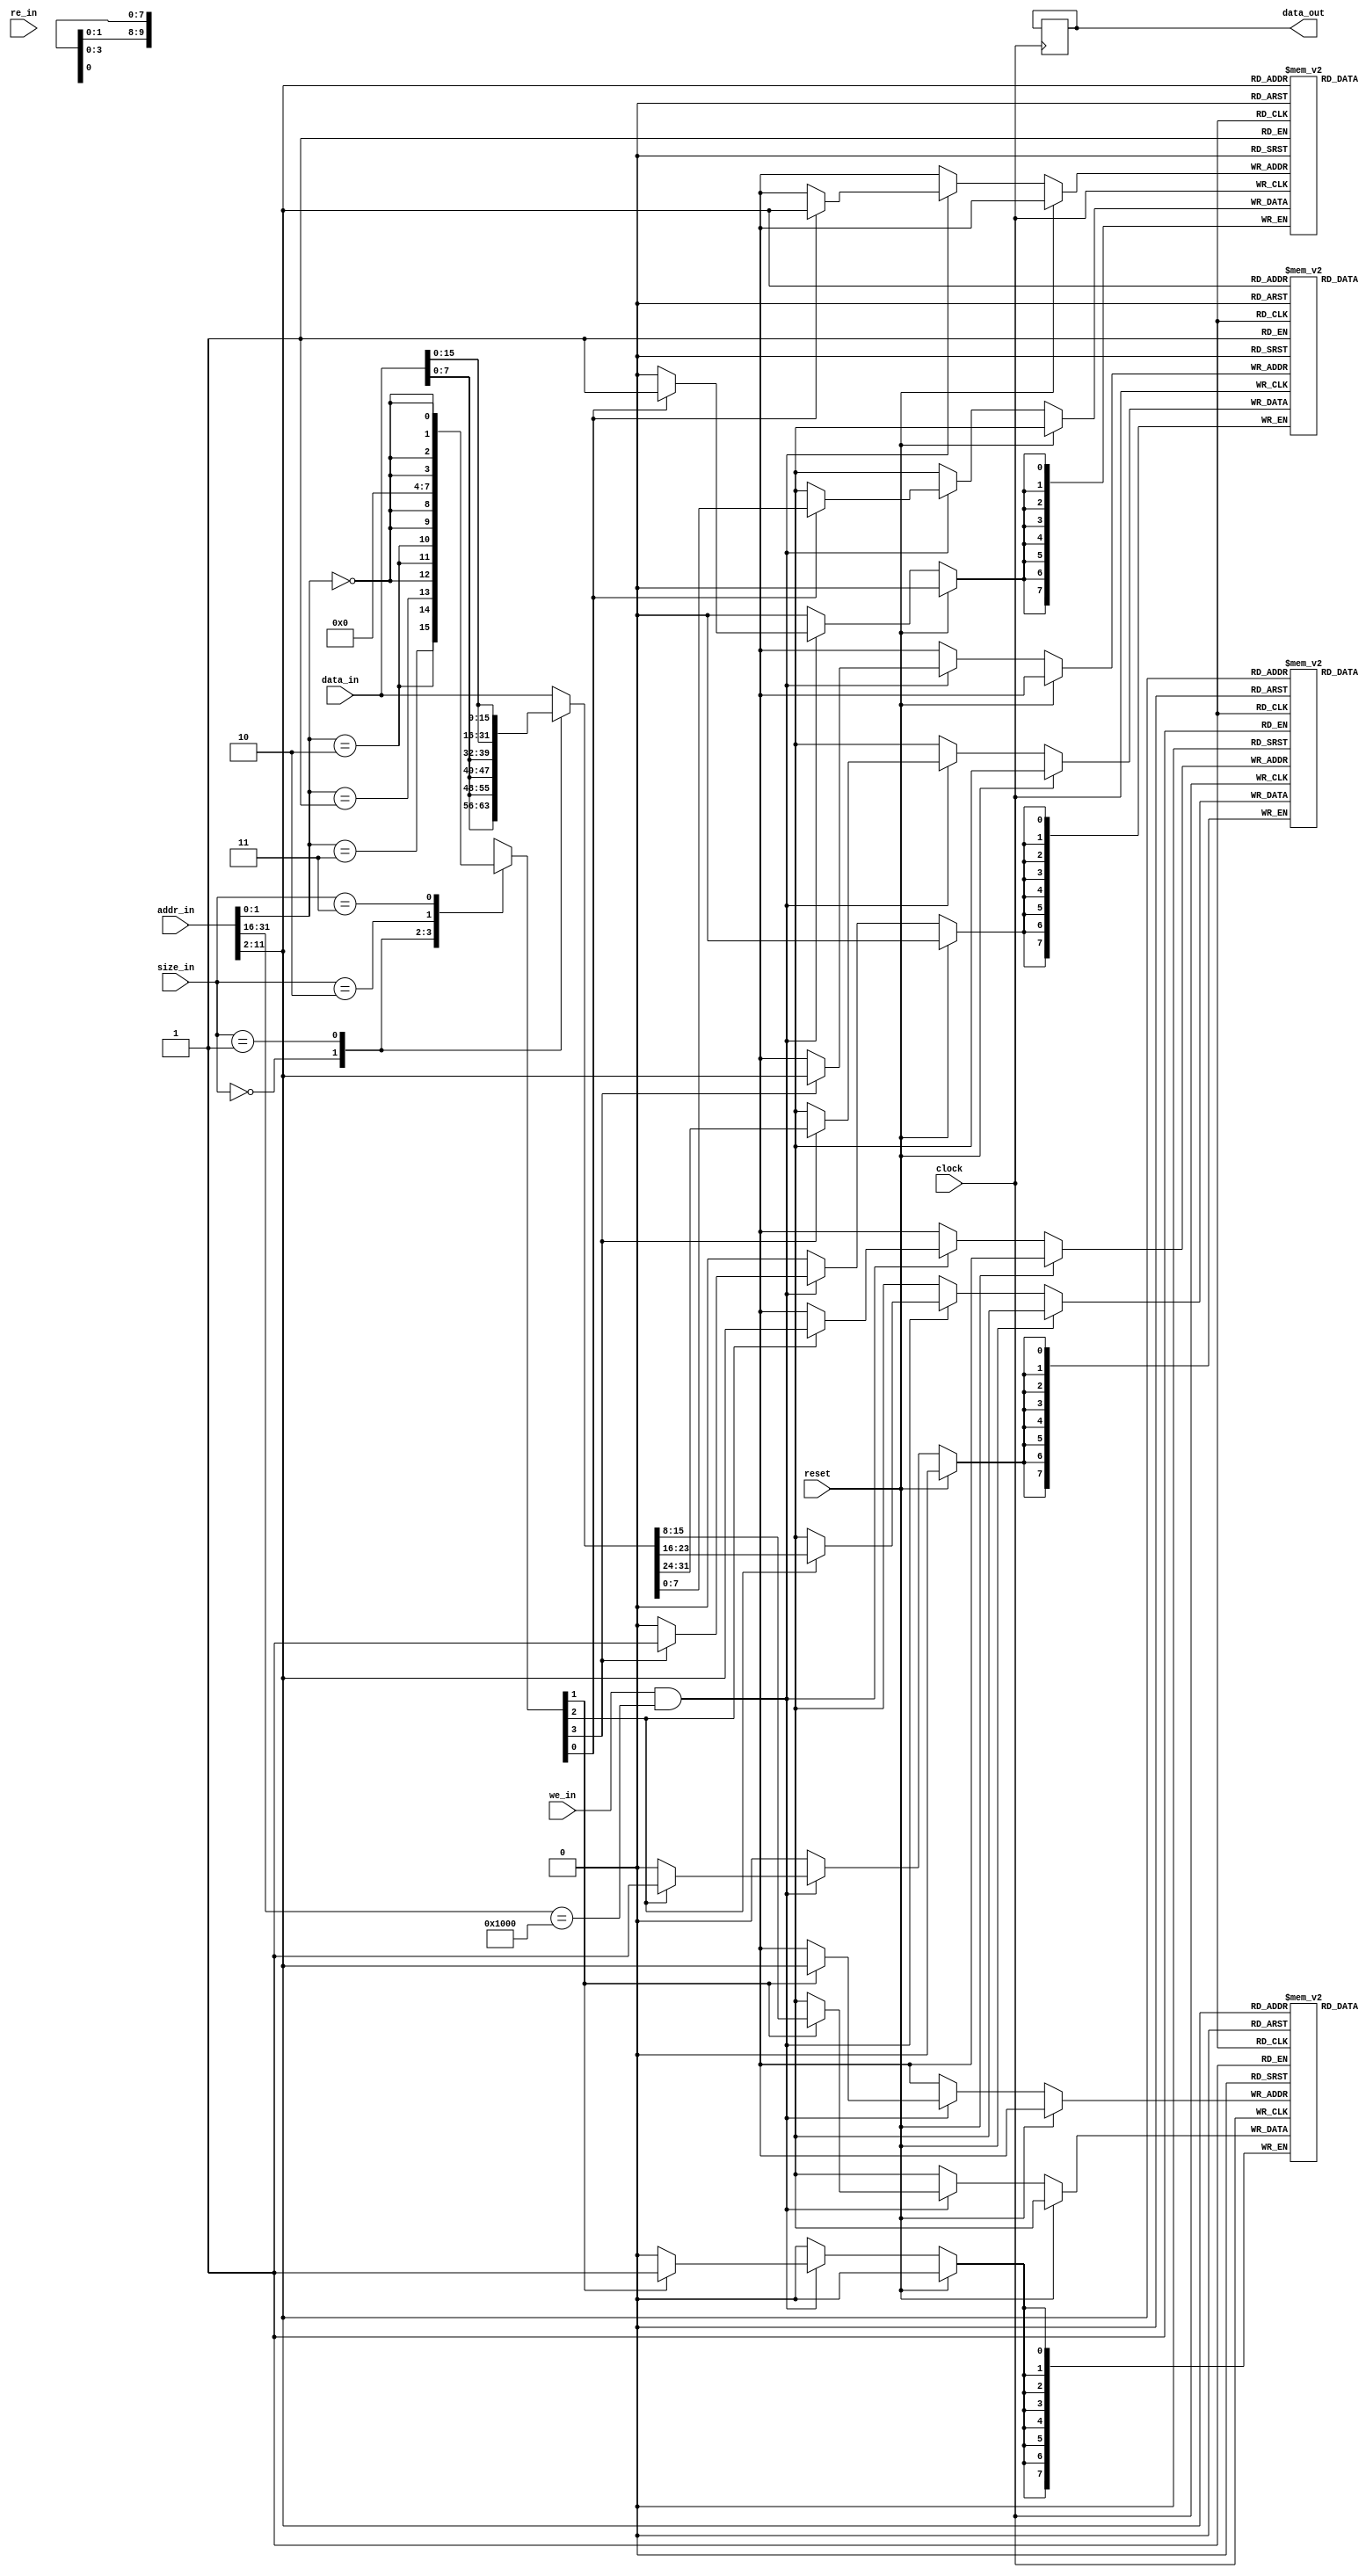
module async_memory(
	input clock,
	input reset,

	input		[31:0]	addr_in,
	output	[31:0]	data_out,
	input		[31:0]	data_in,
	input		[1:0]		size_in, //0=byte, 1=2-byte, 2=unaligned, 3=word
	input					we_in,
	input					re_in
	);
	parameter	MEM_ADDR = 16'h1000;
	parameter	DO_INIT = 0;
	parameter	INIT_PROGRAM0 = "c:/altera/11.1sp1/141/hello_world.data_ram0.memh";
	parameter	INIT_PROGRAM1 = "c:/altera/11.1sp1/141/hello_world.data_ram1.memh";
	parameter	INIT_PROGRAM2 = "c:/altera/11.1sp1/141/hello_world.data_ram2.memh";
	parameter	INIT_PROGRAM3 = "c:/altera/11.1sp1/141/hello_world.data_ram3.memh";
	reg	[256*8:1] file_init0, file_init1, file_init2, file_init3;

	localparam NUM_WORDS = 1024;
	localparam NUM_WORDS_LOG = 10;

	initial begin
		if (DO_INIT == 1) begin
			$readmemh(INIT_PROGRAM0, mem0);
			$readmemh(INIT_PROGRAM1, mem1);
			$readmemh(INIT_PROGRAM2, mem2);
			$readmemh(INIT_PROGRAM3, mem3);
		end
	end

	//memory for 4KB of data
	reg [7:0] mem3	[0:NUM_WORDS-1]; //31:24
	reg [7:0] mem2	[0:NUM_WORDS-1]; //23:16
	reg [7:0] mem1	[0:NUM_WORDS-1]; //15:8
	reg [7:0] mem0	[0:NUM_WORDS-1]; //7:0

	reg	[31:0]	rd;
	assign data_out = rd;

	//read data all the time

	always @(*) begin
		rd[31:24] <= mem3[addr_in[2+NUM_WORDS_LOG-1:2]];
		rd[23:16] <= mem2[addr_in[2+NUM_WORDS_LOG-1:2]];
		rd[15:8] <= mem1[addr_in[2+NUM_WORDS_LOG-1:2]];
		rd[7:0] <= mem0[addr_in[2+NUM_WORDS_LOG-1:2]];
	end

	//alternate version uses negative edge of clock for memory accesses
	always @(negedge clock) begin
		rd[31:24] <= mem3[addr_in[2+NUM_WORDS_LOG-1:2]];
		rd[23:16] <= mem2[addr_in[2+NUM_WORDS_LOG-1:2]];
		rd[15:8] <= mem1[addr_in[2+NUM_WORDS_LOG-1:2]];
		rd[7:0] <= mem0[addr_in[2+NUM_WORDS_LOG-1:2]];
	end

	//decode address and size into byte-enables
	reg [3:0] rowWE;
	always @(*) begin
		case(size_in)
			2'b00: rowWE <= { addr_in[1:0] == 3, addr_in[1:0] == 2, addr_in[1:0] == 1, addr_in[1:0] == 0 };
			2'b01: rowWE <= { {2{addr_in[1:0] == 2}}, {2{addr_in[1:0]==0}}};
			2'b10: rowWE <= 4'b0000; //unaligned write unsupported
			2'b11: rowWE <= { {4{addr_in[1:0] == 0}} };
		endcase
	end

	//we need to make sure the write data from the processor ends up in the correct byte location
	reg	[31:0]	write_data;
	always @(*) begin
		case(size_in)
			2'b00: write_data <= {data_in[7:0], data_in[7:0], data_in[7:0], data_in[7:0]};
			2'b01: write_data <= {data_in[15:0], data_in[15:0]};
			default: write_data <= data_in[31:0];
		endcase
	end


	//on posedge of clock, write data only if wr_en is high
	always @(posedge clock) begin
		if (reset) begin
		end else begin
			if (we_in && (addr_in[31:16] == MEM_ADDR)) begin
				if (rowWE[3]) mem3[addr_in[2+NUM_WORDS_LOG-1:2]] <= write_data[31:24];
				if (rowWE[2]) mem2[addr_in[2+NUM_WORDS_LOG-1:2]] <= write_data[23:16];
				if (rowWE[1]) mem1[addr_in[2+NUM_WORDS_LOG-1:2]] <= write_data[15:08];
				if (rowWE[0]) mem0[addr_in[2+NUM_WORDS_LOG-1:2]] <= write_data[07:00];
			end
		end
	end


endmodule